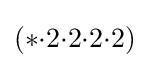
(*{\cdot }2{\cdot }2{\cdot }2{\cdot }2)